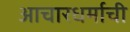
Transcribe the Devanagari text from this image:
आचारधर्माची